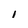
Character: I